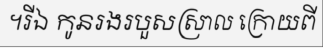
។រីឯ កូនរងរបួសស្រាល ក្រោយពី